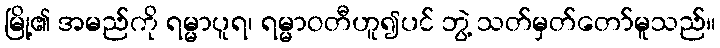
မြို့၏ အမည်ကို ရမ္မာပူရ၊ ရမ္မာဝတီဟူ၍ပင် ဘွဲ့ သတ်မှတ်တော်မူသည်။